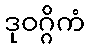
ဒုဝဂ္ဂိကံ